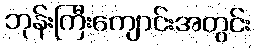
ဘုန်းကြီးကျောင်းအတွင်း